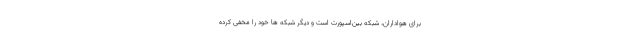
برای هواداران، شبکه بین‌اسپورت است و دیگر شبکه ها خود را مخفی کرده